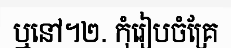
ឬនៅ។២. កុំរៀបចំគ្រែ